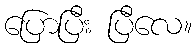
ပြောပြီး ပြီလေ။